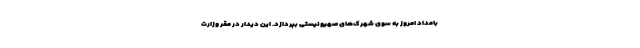
بامداد امروز به سوی شهرک‌های صهیونیستی بپردازد. این دیدار در مقر وزارت